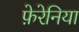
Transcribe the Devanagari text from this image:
फ़ेरेनिया